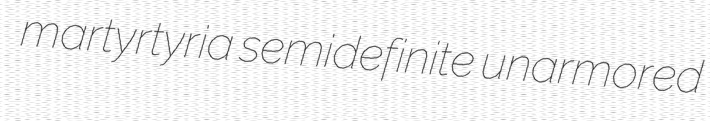
martyrtyria semidefinite unarmored